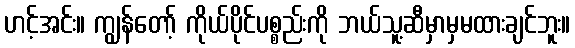
ဟင့်အင်း။ ကျွန်တော့် ကိုယ်ပိုင်ပစ္စည်းကို ဘယ်သူ့ဆီမှာမှမထားချင်ဘူး။